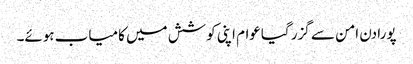
پورا دن امن سے گزر گیاعوام اپنی کوشش میں کامیاب ہوئے۔